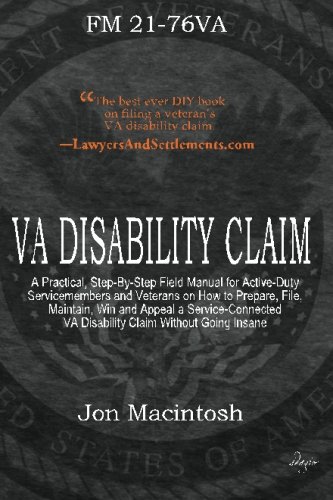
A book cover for VA Disability Claim: A Practical, Step-By-Step Field Manual for Active-Duty Servicemembers and Veterans on How to Prepare, File, Maintain, Win and ... VA Disability Claim Without Going Insane; Jon Macintosh; Law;